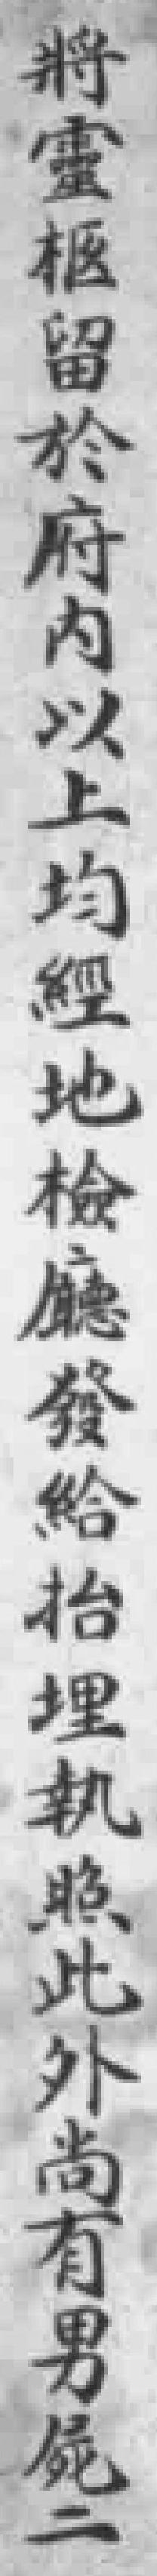
將靈柩留於府内以上均經地檢廳發給抬埋執照此外尚有男屍二